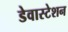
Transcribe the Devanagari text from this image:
डेवास्टेशन